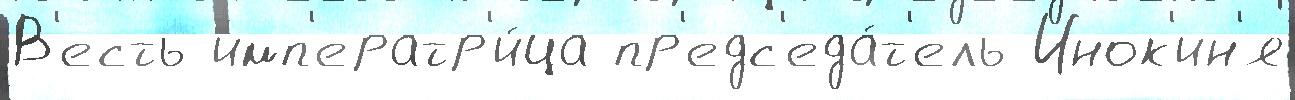
В'есть имп'ератр'и́ца пр'едс'еда́т'ель Инок'ин'я